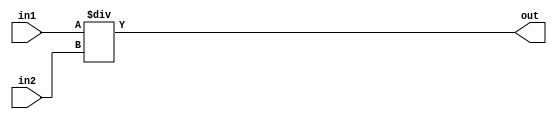
`timescale 1ns / 1ps
//////////////////////////////////////////////////////////////////////////////////
// Company: 
// Engineer: 
// 
// Design Name: 
// Module Name: div
// Project Name: 
// Target Devices: 
// Tool Versions: 
// Description: 
// 
// Dependencies: 
// 
// Revision:
// Revision 0.01 - File Created
// Additional Comments:
// 
//////////////////////////////////////////////////////////////////////////////////


module div(
    output reg [3:0] out,
    input [3:0] in1,
    input [3:0] in2
    );
    
    always @(in1, in2)
        out = in1 / in2;

endmodule